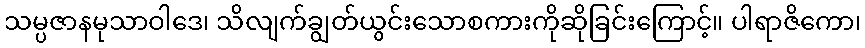
သမ္ပဇာနမုသာဝါဒေ၊ သိလျက်ချွတ်ယွင်းသောစကားကိုဆိုခြင်းကြောင့်။ ပါရာဇိကော၊